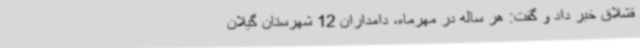
قشلاق خبر داد و گفت: هر ساله در مهرماه، دامداران 12 شهرستان گیلان